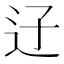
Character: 䢊